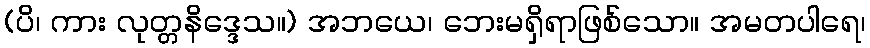
(ပိ၊ ကား လုတ္တနိဒ္ဒေသ။) အဘယေ၊ ဘေးမရှိရာဖြစ်သော။ အမတပါရေ၊